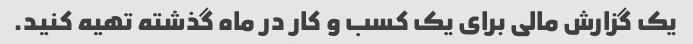
یک گزارش مالی برای یک کسب و کار در ماه گذشته تهیه کنید.